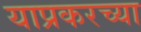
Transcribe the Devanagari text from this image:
याप्रकरच्या